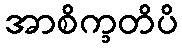
အာစိက္ခတိပိ